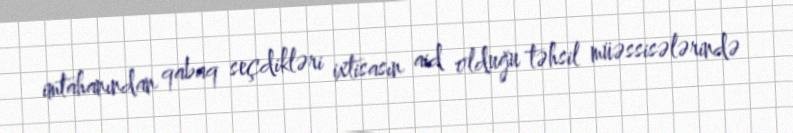
imtahanından qabaq seçdikləri ixtisasın aid olduğu təhsil müəssisələrində